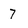
Character: 7